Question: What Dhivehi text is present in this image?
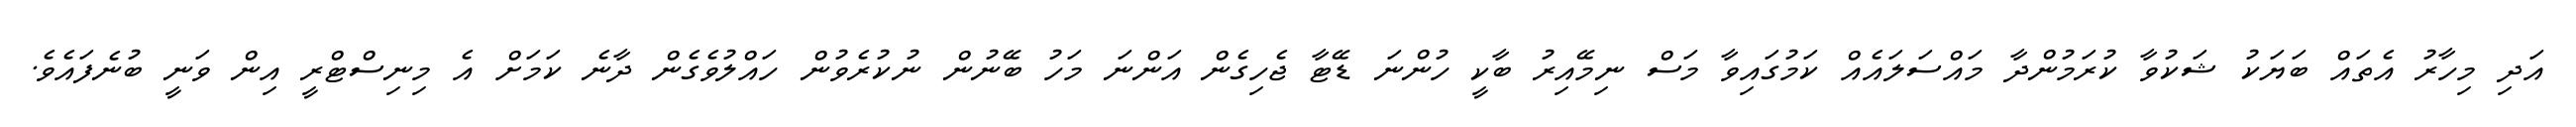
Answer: އަދި މިހާރު އެތައް ބަޔަކު ޝަކުވާ ކުރަމުންދާ މައްސަލައެއް ކަމުގައިވާ މަސް ނިމޭއިރު ބާކީ ހުންނަ ޑޭޓާ ޖެހިގެން އަންނަ މަހު ބޭނުން ނުކުރެވުން ހައްލުވެގެން ދާނެ ކަމަށް އެ މިނިސްޓްރީ އިން ވަނީ ބުނެފައެވެ.